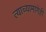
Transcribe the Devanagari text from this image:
त्याच्यामागेही